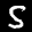
Label: 5